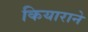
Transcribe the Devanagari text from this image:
कियाराने